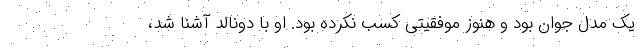
یک مدل جوان بود و هنوز موفقیتی کسب نکرده بود. او با دونالد آشنا شد،